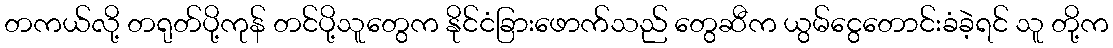
တကယ်လို့ တရုတ်ပို့ကုန် တင်ပို့သူတွေက နိုင်ငံခြားဖောက်သည် တွေဆီက ယွမ်ငွေတောင်းခံခဲ့ရင် သူ တို့က